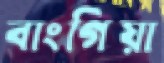
বাংগিয়া